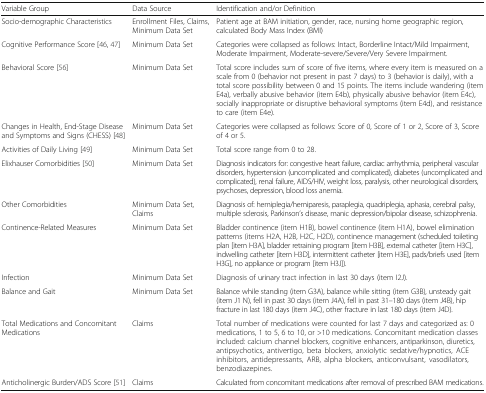
<table><thead><tr><td><b>Variable Group</b></td><td><b>Data Source</b></td><td><b>Identification and/or Definition</b></td></tr></thead><tbody><tr><td>Socio-demographic Characteristics</td><td>Enrollment Files, Claims, Minimum Data Set</td><td>Patient age at BAM initiation, gender, race, nursing home geographic region, calculated Body Mass Index (BMI)</td></tr><tr><td>Cognitive Performance Score [46, 47]</td><td>Minimum Data Set</td><td>Categories were collapsed as follows: Intact, Borderline Intact/Mild Impairment, Moderate Impairment, Moderate-severe/Severe/Very Severe Impairment.</td></tr><tr><td>Behavioral Score [56]</td><td>Minimum Data Set</td><td>Total score includes sum of score of five items, where every item is measured on a scale from 0 (behavior not present in past 7 days) to 3 (behavior is daily), with a total score possibility between 0 and 15 points. The items include wandering (item E4a), verbally abusive behavior (item E4b), physically abusive behavior (item E4c), socially inappropriate or disruptive behavioral symptoms (item E4d), and resistance to care (item E4e).</td></tr><tr><td>Changes in Health, End-Stage Disease and Symptoms and Signs (CHESS) [48]</td><td>Minimum Data Set</td><td>Categories were collapsed as follows: Score of 0, Score of 1 or 2, Score of 3, Score of 4 or 5.</td></tr><tr><td>Activities of Daily Living [49]</td><td>Minimum Data Set</td><td>Total score range from 0 to 28.</td></tr><tr><td>Elixhauser Comorbidities [50]</td><td>Minimum Data Set</td><td>Diagnosis indicators for: congestive heart failure, cardiac arrhythmia, peripheral vascular disorders, hypertension (uncomplicated and complicated), diabetes (uncomplicated and complicated), renal failure, AIDS/HIV, weight loss, paralysis, other neurological disorders, psychoses, depression, blood loss anemia.</td></tr><tr><td>Other Comorbidities</td><td>Minimum Data Set, Claims</td><td>Diagnosis of: hemiplegia/hemiparesis, paraplegia, quadriplegia, aphasia, cerebral palsy, multiple sclerosis, Parkinson’s disease, manic depression/bipolar disease, schizophrenia.</td></tr><tr><td>Continence-Related Measures</td><td>Minimum Data Set</td><td>Bladder continence (item H1B), bowel continence (item H1A), bowel elimination patterns (items H2A, H2B, H2C, H2D), continence management (scheduled toileting plan [item H3A], bladder retraining program [item H3B], external catheter [item H3C], indwelling catheter [item H3D], intermittent catheter [item H3E], pads/briefs used [item H3G], no appliance or program [item H3J]).</td></tr><tr><td>Infection</td><td>Minimum Data Set</td><td>Diagnosis of urinary tract infection in last 30 days (item I2J).</td></tr><tr><td>Balance and Gait</td><td>Minimum Data Set</td><td>Balance while standing (item G3A), balance while sitting (item G3B), unsteady gait (item J1 N), fell in past 30 days (item J4A), fell in past 31–180 days (item J4B), hip fracture in last 180 days (item J4C), other fracture in last 180 days (item J4D).</td></tr><tr><td>Total Medications and Concomitant Medications</td><td>Claims</td><td>Total number of medications were counted for last 7 days and categorized as: 0 medications, 1 to 5, 6 to 10, or &gt;10 medications. Concomitant medication classes included: calcium channel blockers, cognitive enhancers, antiparkinson, diuretics, antipsychotics, antivertigo, beta blockers, anxiolytic sedative/hypnotics, ACE inhibitors, antidepressants, ARB, alpha blockers, anticonvulsant, vasodilators, benzodiazepines.</td></tr><tr><td>Anticholinergic Burden/ADS Score [51]</td><td>Claims</td><td>Calculated from concomitant medications after removal of prescribed BAM medications.</td></tr></tbody></table>